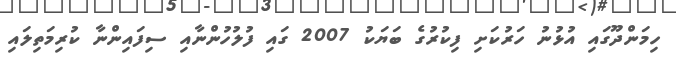
ހިމަންދޫގައި އުޅުނު ހަރުކަށި ފިކުރުގެ ބަޔަކު 2007 ގައި ފުލުހުންނާއި ސިފައިންނާ ކުރިމަތިލައި